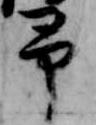
予